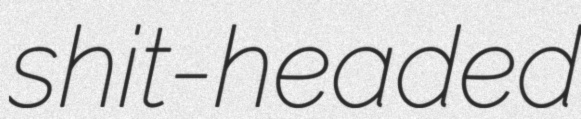
shit-headed